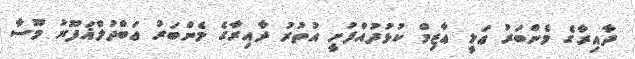
ދާއިރާގެ މެންބަރު ޢަލީ ޢާޒިމް ކުޅުދުއްފުށީ އުތުރު ދާއިރާގެ މެންބަރު ޢަބްދުލްޣަފޫރު މޫސާ